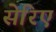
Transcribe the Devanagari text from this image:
सेरिए